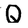
Character: Q